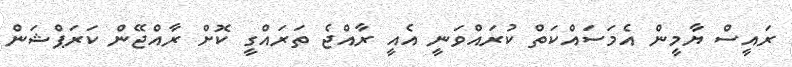
ރައީސް ޔާމީން އެމަސައްކަތް ކުރައްވަނީ އެއީ ރާއްޖެ ތަރައްގީ ކޮށް ރާއްޖޭން ކަރަޕްޝަން